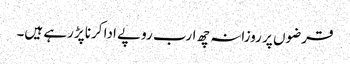
قرضوں پر روزانہ چھ ارب روپے ادا کرنا پڑرہے ہیں۔